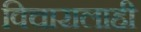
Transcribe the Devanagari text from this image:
विचारालाही